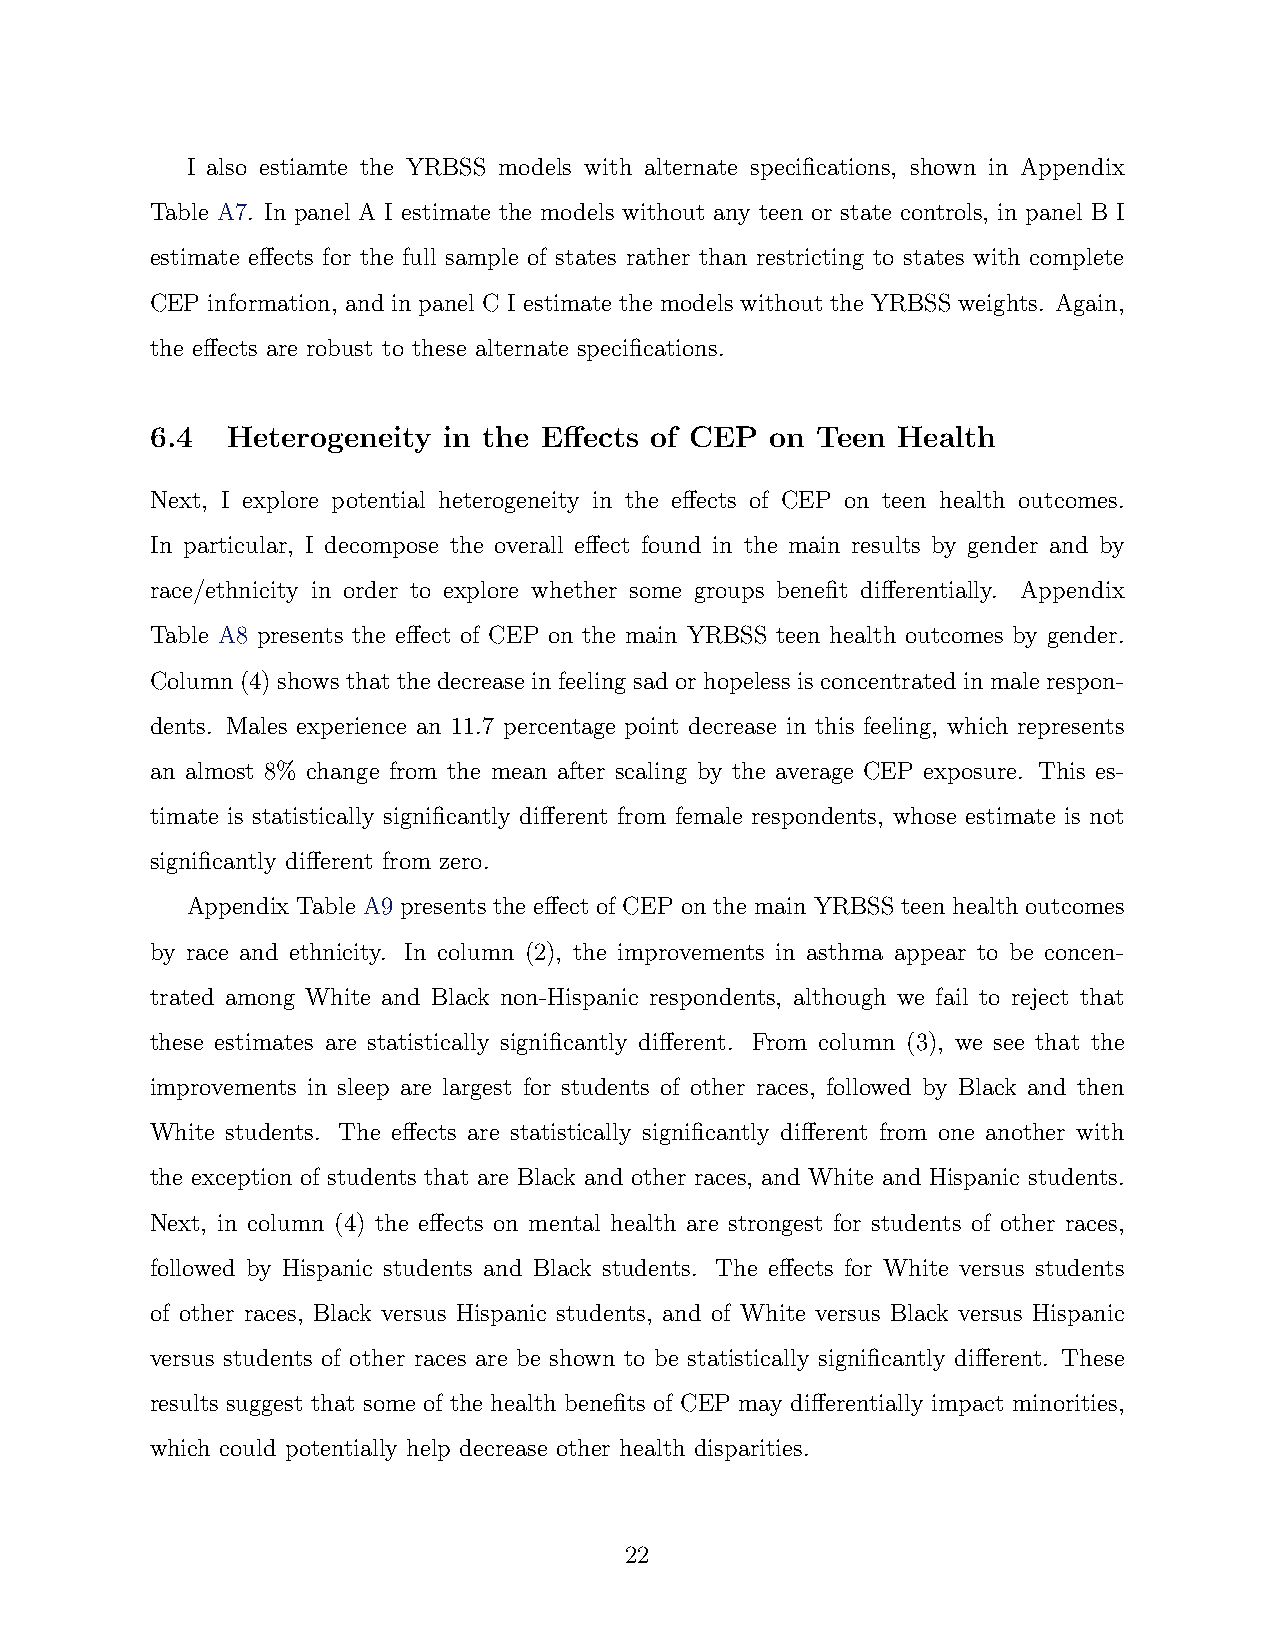
I also estiamte the YRBSS models with alternate specifications, shown in Appendix
 Table A7. In panel A I estimate the models without any teen or state controls, in panel B I
 estimate effects for the full sample of states rather than restricting to states with complete
 CEP information, and in panel C I estimate the models without the YRBSS weights. Again,
 the effects are robust to these alternate specifications.
 6.4  Heterogeneity in the Effects of CEP on Teen Health
 Next, I explore potential heterogeneity in the effects of CEP on teen health outcomes.
 In particular, I decompose the overall effect found in the main results by gender and by
 race/ethnicity in order to explore whether some groups benefit differentially. Appendix
 Table A8 presents the effect of CEP on the main YRBSS teen health outcomes by gender.
 Column (4) shows that the decrease in feeling sad or hopeless is concentrated in male respon-
 dents. Males experience an 11.7 percentage point decrease in this feeling, which represents
 an almost 8% change from the mean after scaling by the average CEP exposure. This es-
 timate is statistically significantly different from female respondents, whose estimate is not
 significantly different from zero.
 Appendix Table A9 presents the effect of CEP on the main YRBSS teen health outcomes
 by race and ethnicity. In column (2), the improvements in asthma appear to be concen-
 trated among White and Black non-Hispanic respondents, although we fail to reject that
 these estimates are statistically significantly different. From column (3), we see that the
 improvements in sleep are largest for students of other races, followed by Black and then
 White students. The effects are statistically significantly different from one another with
 the exception of students that are Black and other races, and White and Hispanic students.
 Next, in column (4) the effects on mental health are strongest for students of other races,
 followed by Hispanic students and Black students. The effects for White versus students
 of other races, Black versus Hispanic students, and of White versus Black versus Hispanic
 versus students of other races are be shown to be statistically significantly different. These
 results suggest that some of the health benefits of CEP may differentially impact minorities,
 which could potentially help decrease other health disparities.
 22